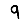
Digit: 9